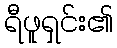
ရီဖူရှင်း၏